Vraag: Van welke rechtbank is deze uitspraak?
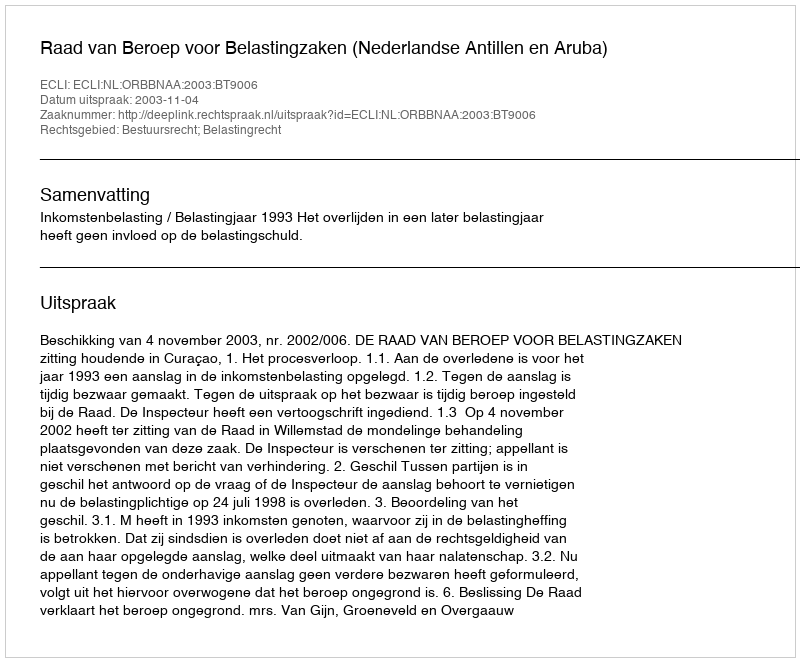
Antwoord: Raad van Beroep voor Belastingzaken (Nederlandse Antillen en Aruba)